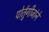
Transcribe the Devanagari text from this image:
पोर्तुगीजांने